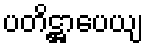
ပတိဋ္ဌာပေယျ